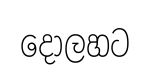
දොලහට